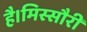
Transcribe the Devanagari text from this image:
है।मिस्सौरी